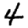
Digit: 4